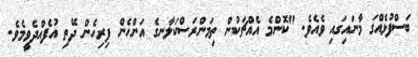
ބަސްފުޅެއްގަ މާނައިގައި ވެއެވެ. "ކޮންމެ އެއްޗަކުން ތިމަންރަސްކަލާނގެ އަންހެން ފިރިހެން ދޭތި އުފެއްދެވީމެވެ.